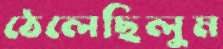
ঠেলেছিলুম